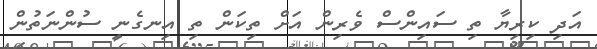
އަދި ކިރިޔާ ތި ސައިންސް ވެރިން އަށް ތިކަން ތި އިނގެނީ ސުންނަތުން